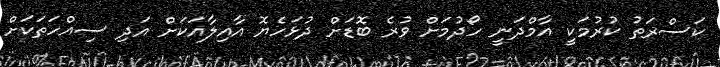
ކަސްރަތު ކުރުމަކީ އާމްދަނީ ހޯދުމަށް ވުރެ ބޮޑަށް ދުޅަހެޔޮ އާއިލާއަކަށް އަދި ސިއްހަތަކަށް